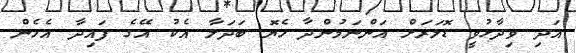
އަދި ވިދާޅުވީ ޑޮލަރަށް އަންނަމުންދާ ހެޔޮ ބަދަލާ އެކު އޭގެ ފައިދާ އެހެން